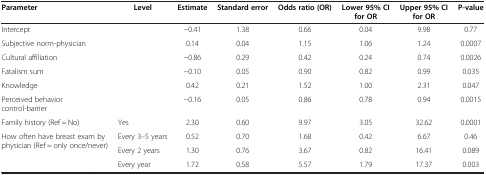
| Parameter | Level | Estimate | Standard error | Odds ratio (OR) | Lower 95% CI for OR | Upper 95% CI for OR | P-value |
 | --- | --- | --- | --- | --- | --- | --- | --- |
 | Intercept |  | -0.41 | 1.38 | 0.66 | 0.04 | 9.98 | 0.77 |
 | Subjective norm-physician |  | 0.14 | 0.04 | 1.15 | 1.06 | 1.24 | 0.0007 |
 | Cultural affiliation |  | -0.86 | 0.29 | 0.42 | 0.24 | 0.74 | 0.0026 |
 | Fatalism sum |  | -0.10 | 0.05 | 0.90 | 0.82 | 0.99 | 0.035 |
 | Knowledge |  | 0.42 | 0.21 | 1.52 | 1.00 | 2.31 | 0.047 |
 | Perceived behavior control-barrier |  | -0.16 | 0.05 | 0.86 | 0.78 | 0.94 | 0.0015 |
 | Family history (Ref = No) | Yes | 2.30 | 0.60 | 9.97 | 3.05 | 32.62 | 0.0001 |
 | <ROWSPAN=3> How often have breast exam by physician (Ref = only once/never) | Every 3–5 years | 0.52 | 0.70 | 1.68 | 0.42 | 6.67 | 0.46 |
 | Every 2 years | 1.30 | 0.76 | 3.67 | 0.82 | 16.41 | 0.089 |
 | Every year | 1.72 | 0.58 | 5.57 | 1.79 | 17.37 | 0.003 |